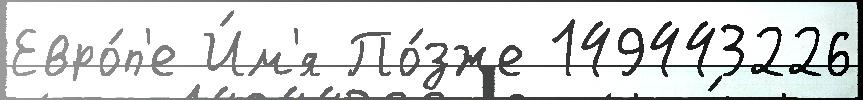
Евро́п'е И́м'я По́зже 149443226